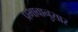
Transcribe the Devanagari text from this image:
प्रभावानुसार